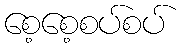
စေ့စေ့စပ်စပ်